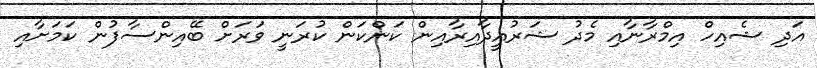
އަދި ޝެއިހް އިމްރާނާއި މެދު ޝަރުއީދާއިރާއިން ކަންކަން ކުރަނީ ވަރަށް ބޭއިންސާފުން ކަމަށާއި